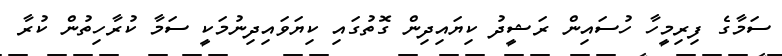
ސަމާގެ ފިރިމީހާ ހުސައިން ރަޝީދު ކިޔައިދިން ގޮތުގައި ކިޔަވައިދިނުމަކީ ސަމާ ކުރާހިތުން ކުރާ